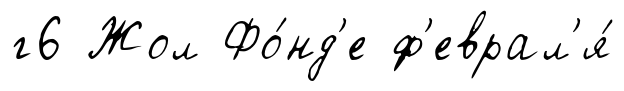
г6 Жол Фо́нд'е ф'еврал'я́